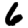
Digit: 6